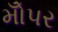
મોઁપર